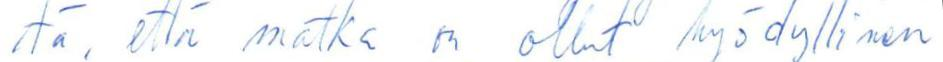
tä, että matka on ollut hyödyllinen